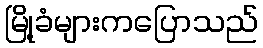
မြို့ခံများကပြောသည်